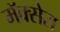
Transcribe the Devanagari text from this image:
मॅक्सेस